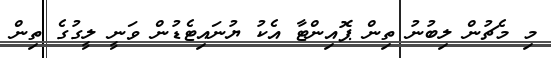
މި މެޗުން ލިބުނު ތިން ޕޮއިންޓާ އެކު ޔުނައިޓެޑުން ވަނީ ލީގުގެ ތިން